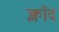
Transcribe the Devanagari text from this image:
क्लॉद